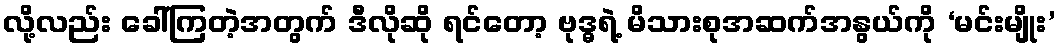
လို့လည်း ခေါ်ကြတဲ့အတွက် ဒီလိုဆို ရင်တော့ ဗုဒ္ဓရဲ့ မိသားစုအဆက်အနွယ်ကို ‘မင်းမျိုး’